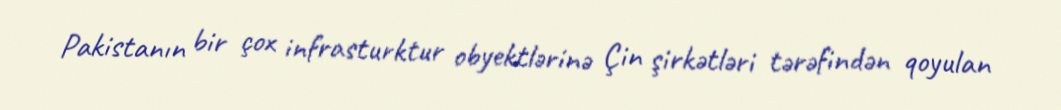
Pakistanın bir çox infrasturktur obyektlərinə Çin şirkətləri tərəfindən qoyulan